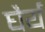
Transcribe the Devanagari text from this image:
घैर्य